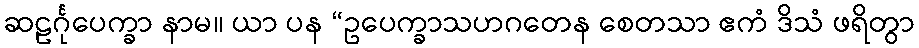
ဆဠင်္ဂုပေက္ခာ နာမ။ ယာ ပန “ဥပေက္ခာသဟဂတေန စေတသာ ဧကံ ဒိသံ ဖရိတွာ